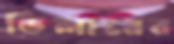
ডিলারের